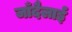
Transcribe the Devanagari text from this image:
जाँदैलाई